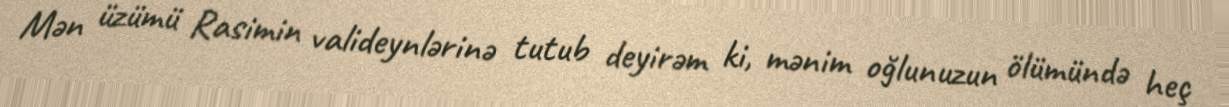
Mən üzümü Rasimin valideynlərinə tutub deyirəm ki, mənim oğlunuzun ölümündə heç